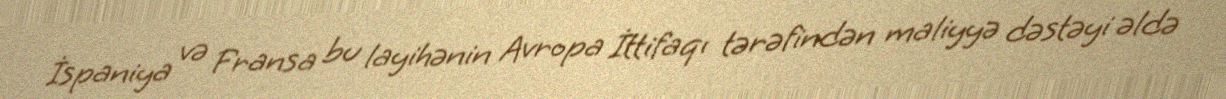
İspaniya və Fransa bu layihənin Avropa İttifaqı tərəfindən maliyyə dəstəyi əldə